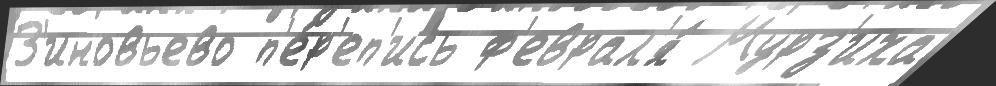
З'иновьево п'е́р'еп'ись ф'еврал'я́ Мурз'иха